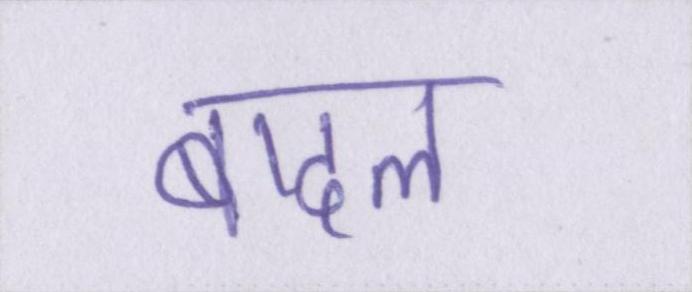
बादल